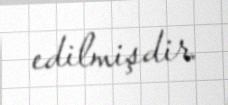
edilmişdir.